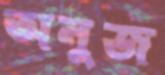
অনুজ